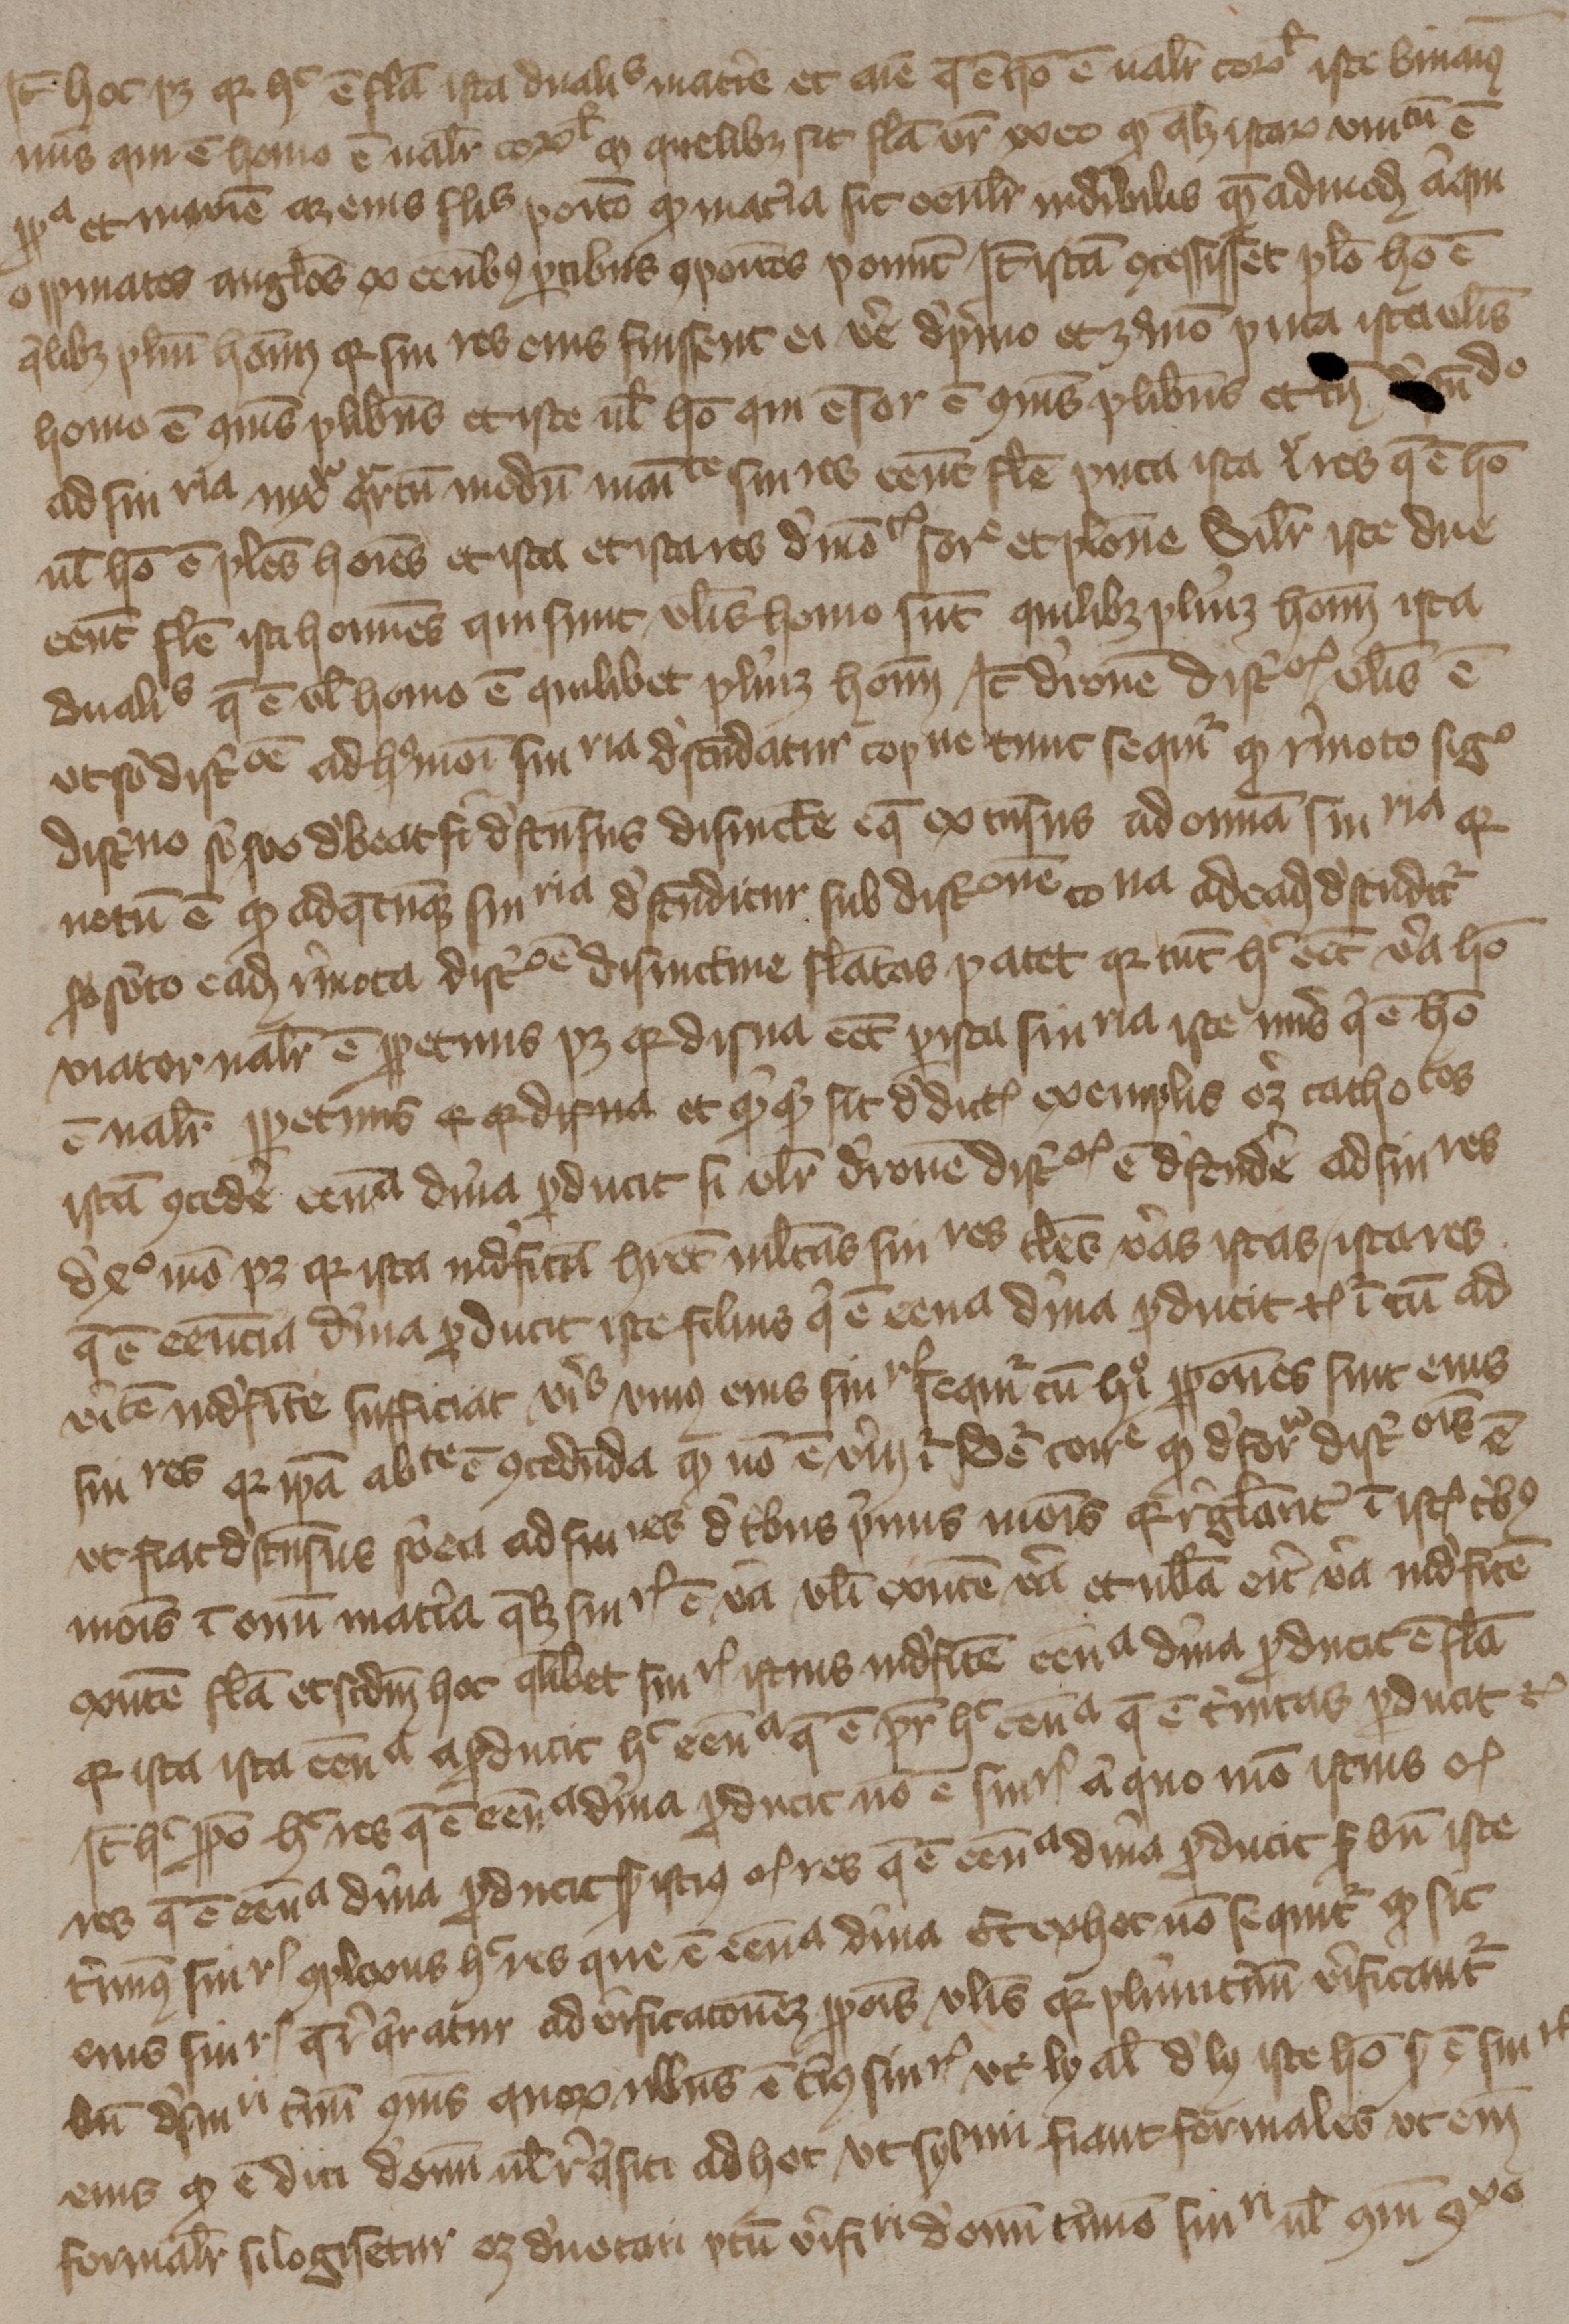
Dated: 1394–1397